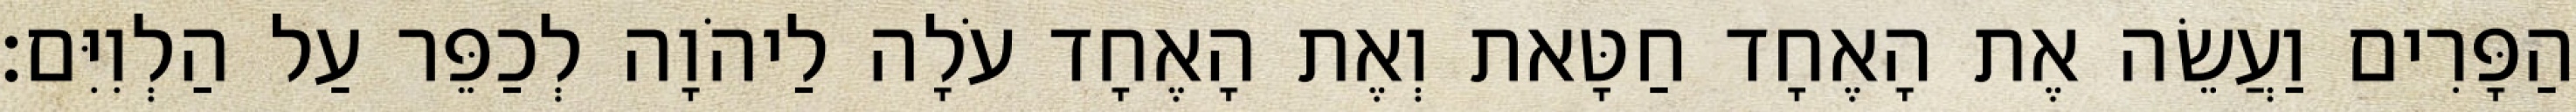
הַפָּרִים וַעֲשֵׂה אֶת הָאֶחָד חַטָּאת וְאֶת הָאֶחָד עֹלָה לַיהֹוָה לְכַפֵּר עַל הַלְוִיִּם׃